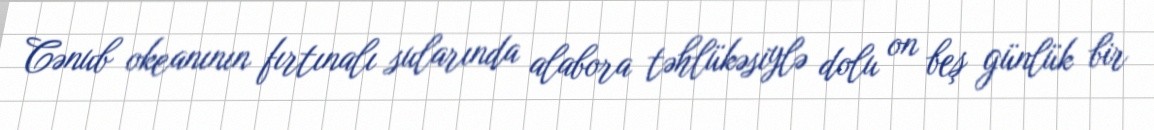
Cənub okeanının fırtınalı sularında alabora təhlükəsiylə dolu on beş günlük bir